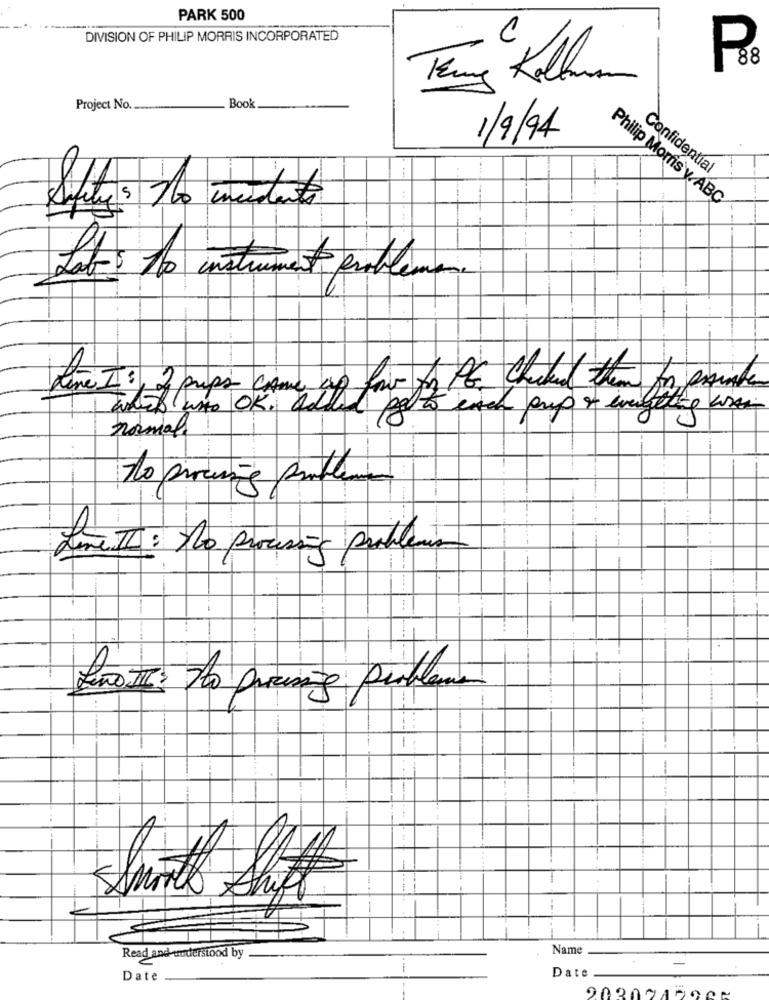
PARK 500
DIVISION OF PHILIP MORRIS INCORPORATED
Book
Project No.
1/9/94
Confidential
Philip Morris y ABC
Lets le instrument problemen.
time I : I preps came up for for Pt. checked them for printer
pal to each cup of everything was
normal
Some IL : No processing problems
--
ProTI: o pring problems
1
Name
Read and understood by
--
Date
-
Date